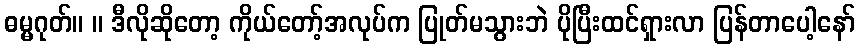
ဓမ္မဂုတ်။ ။ ဒီလိုဆိုတော့ ကိုယ်တော့်အလုပ်က ပြုတ်မသွားဘဲ ပိုပြီးထင်ရှားလာ ပြန်တာပေါ့နော်